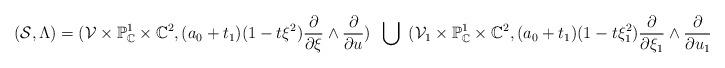
LaTeX: \begin{align*}(\mathcal{S},\Lambda)=(\mathcal{V}\times \mathbb{P}_\mathbb{C}^1\times \mathbb{C}^2, (a_0+t_1)(1-t\xi^2)\frac{\partial}{\partial \xi}\wedge \frac{\partial}{\partial u})\,\,\,\bigcup \,\,\, (\mathcal{V}_1\times \mathbb{P}_\mathbb{C}^1\times \mathbb{C}^2, (a_0+t_1)(1-t\xi_1^2)\frac{\partial}{\partial \xi_1}\wedge \frac{\partial}{\partial u_1})\end{align*}